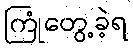
ကြုံတွေ့ခဲ့ရ